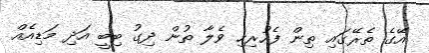
އޭގެ ތެރޭގައި ތިން ފެހުރިހި ވެލާ ތުން ދިގު ބިބީ އަދި މަޑިއެއް